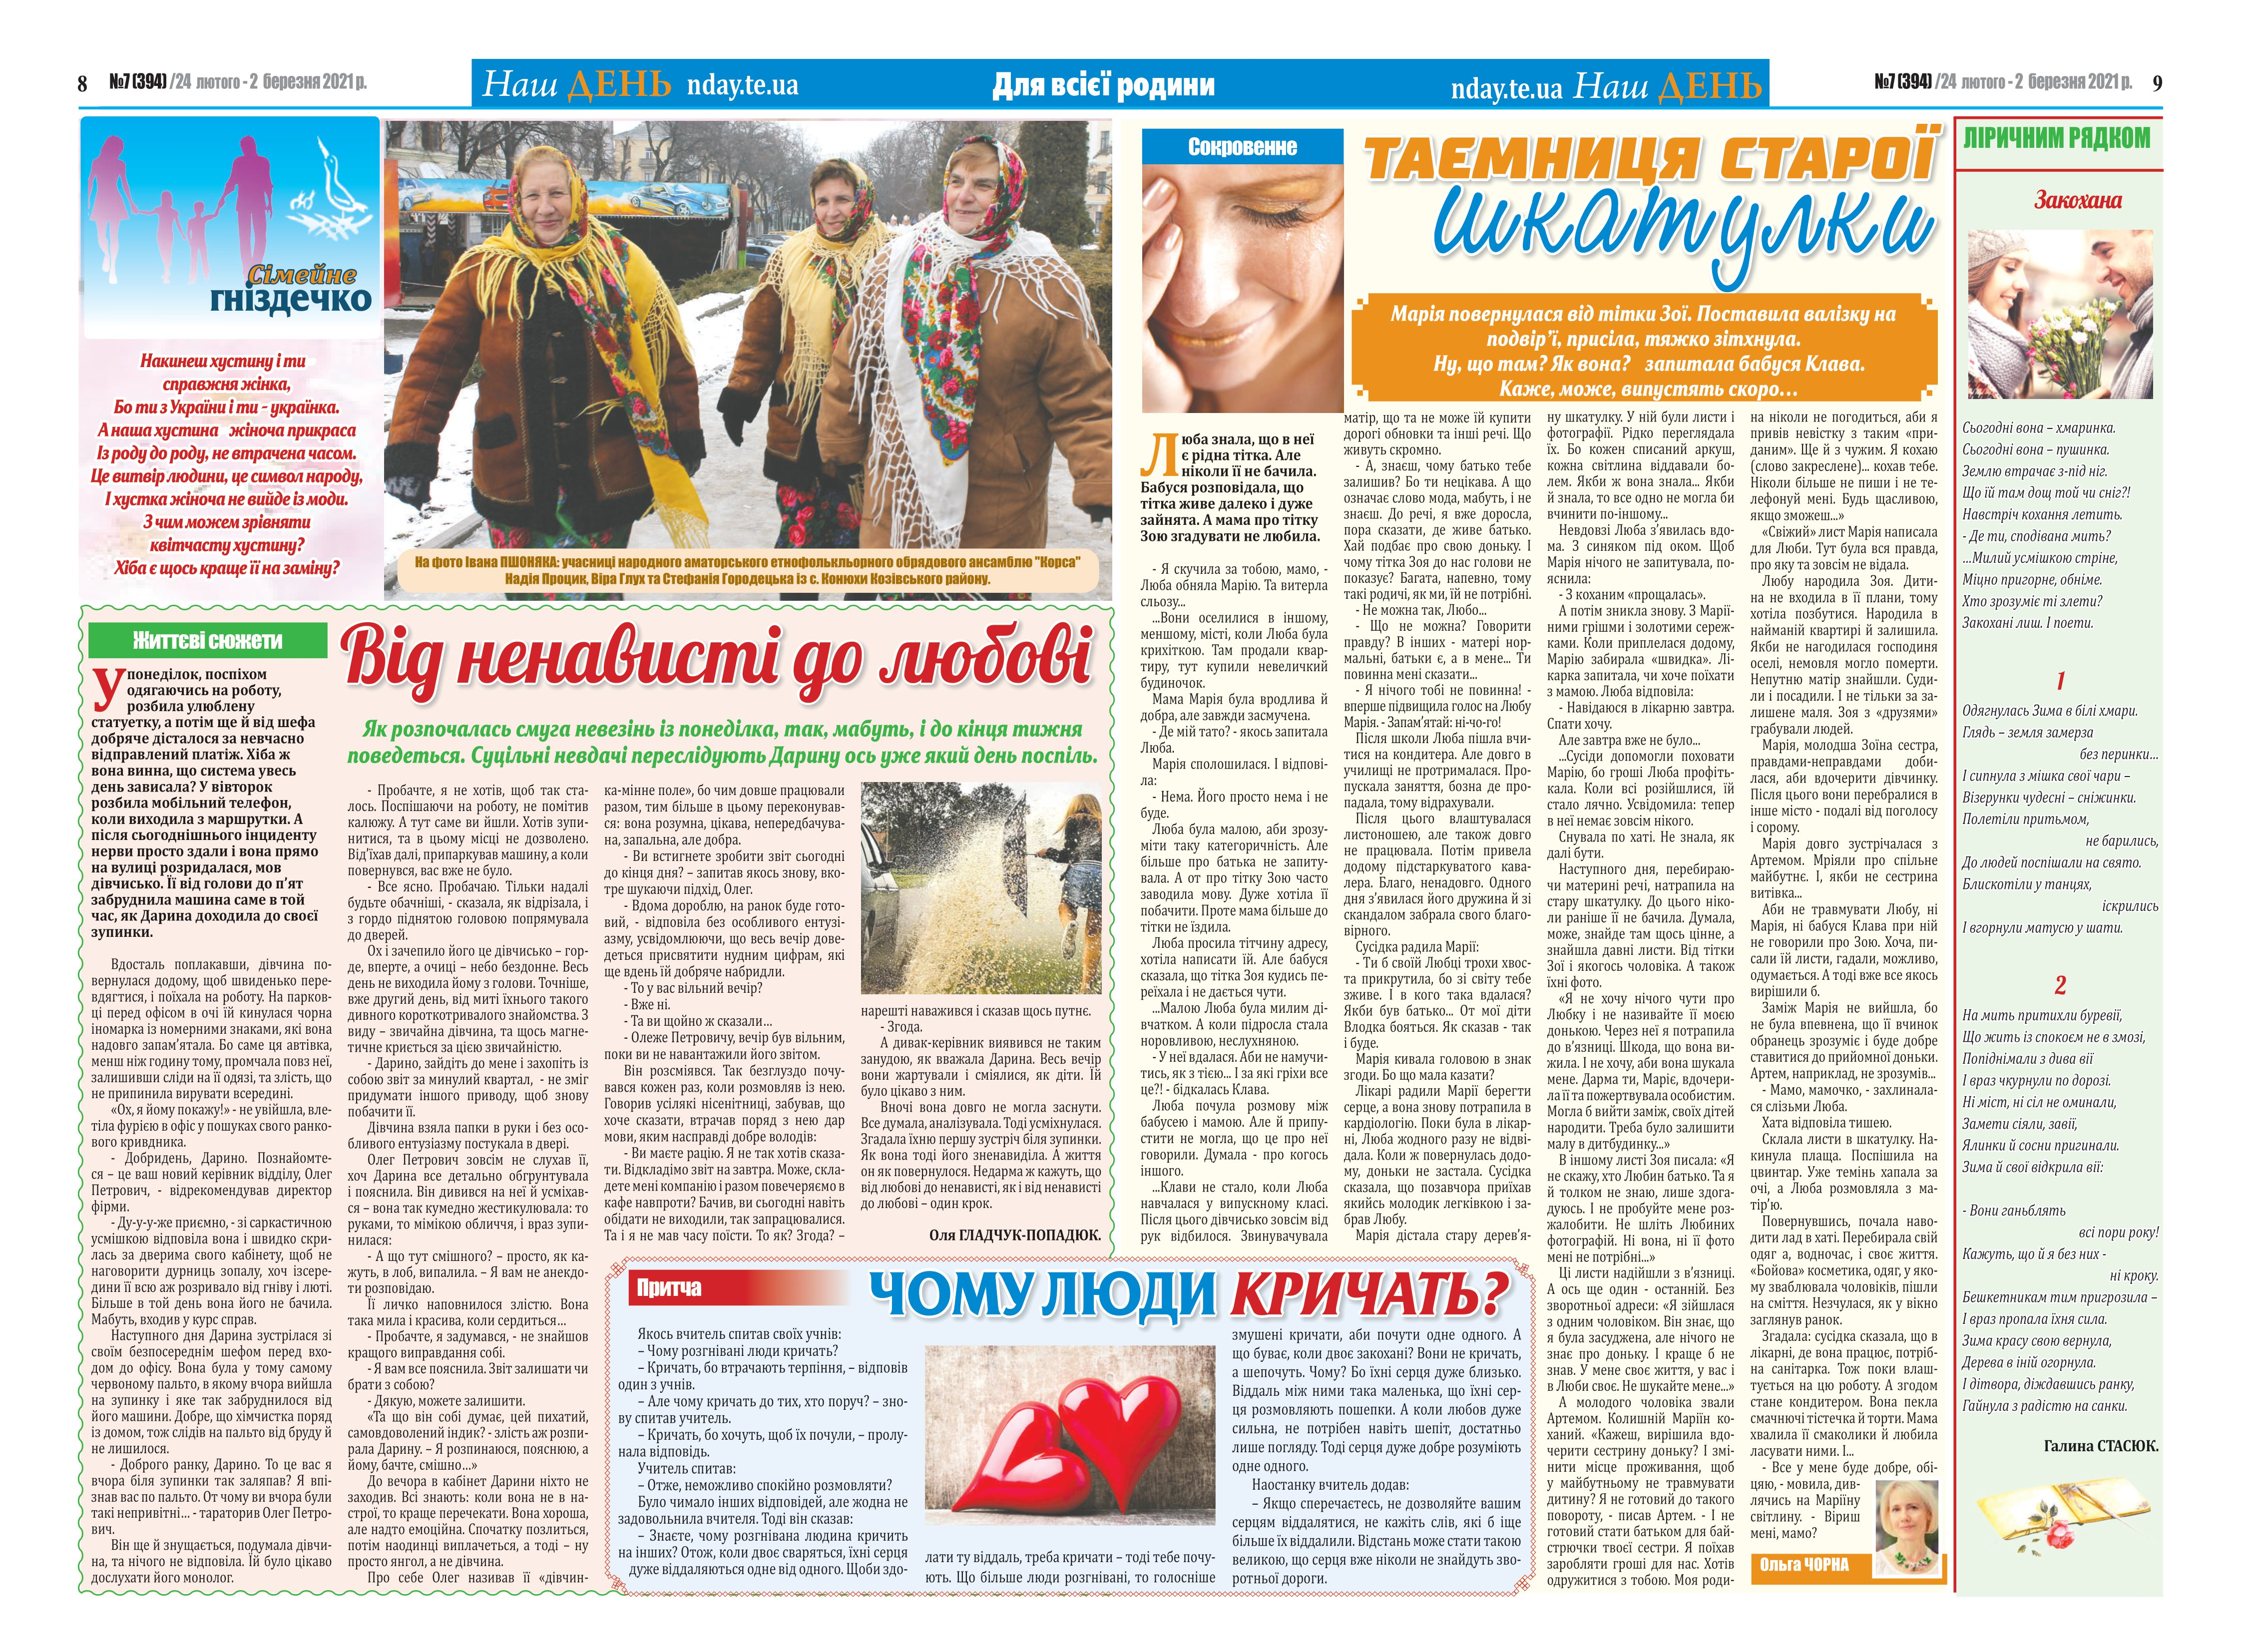
Language: uk